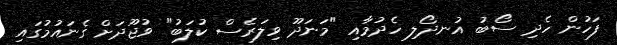
ފަހުން ހެދި ސޯބު އުނދޯލި ހެދުމާއި "މަނަދޫ ވިލަރެސް ކުލަބު" ވުޖޫދަށް ގެނައުމުގައި